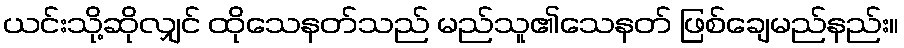
ယင်းသို့ဆိုလျှင် ထိုသေနတ်သည် မည်သူ၏သေနတ် ဖြစ်ချေမည်နည်း။